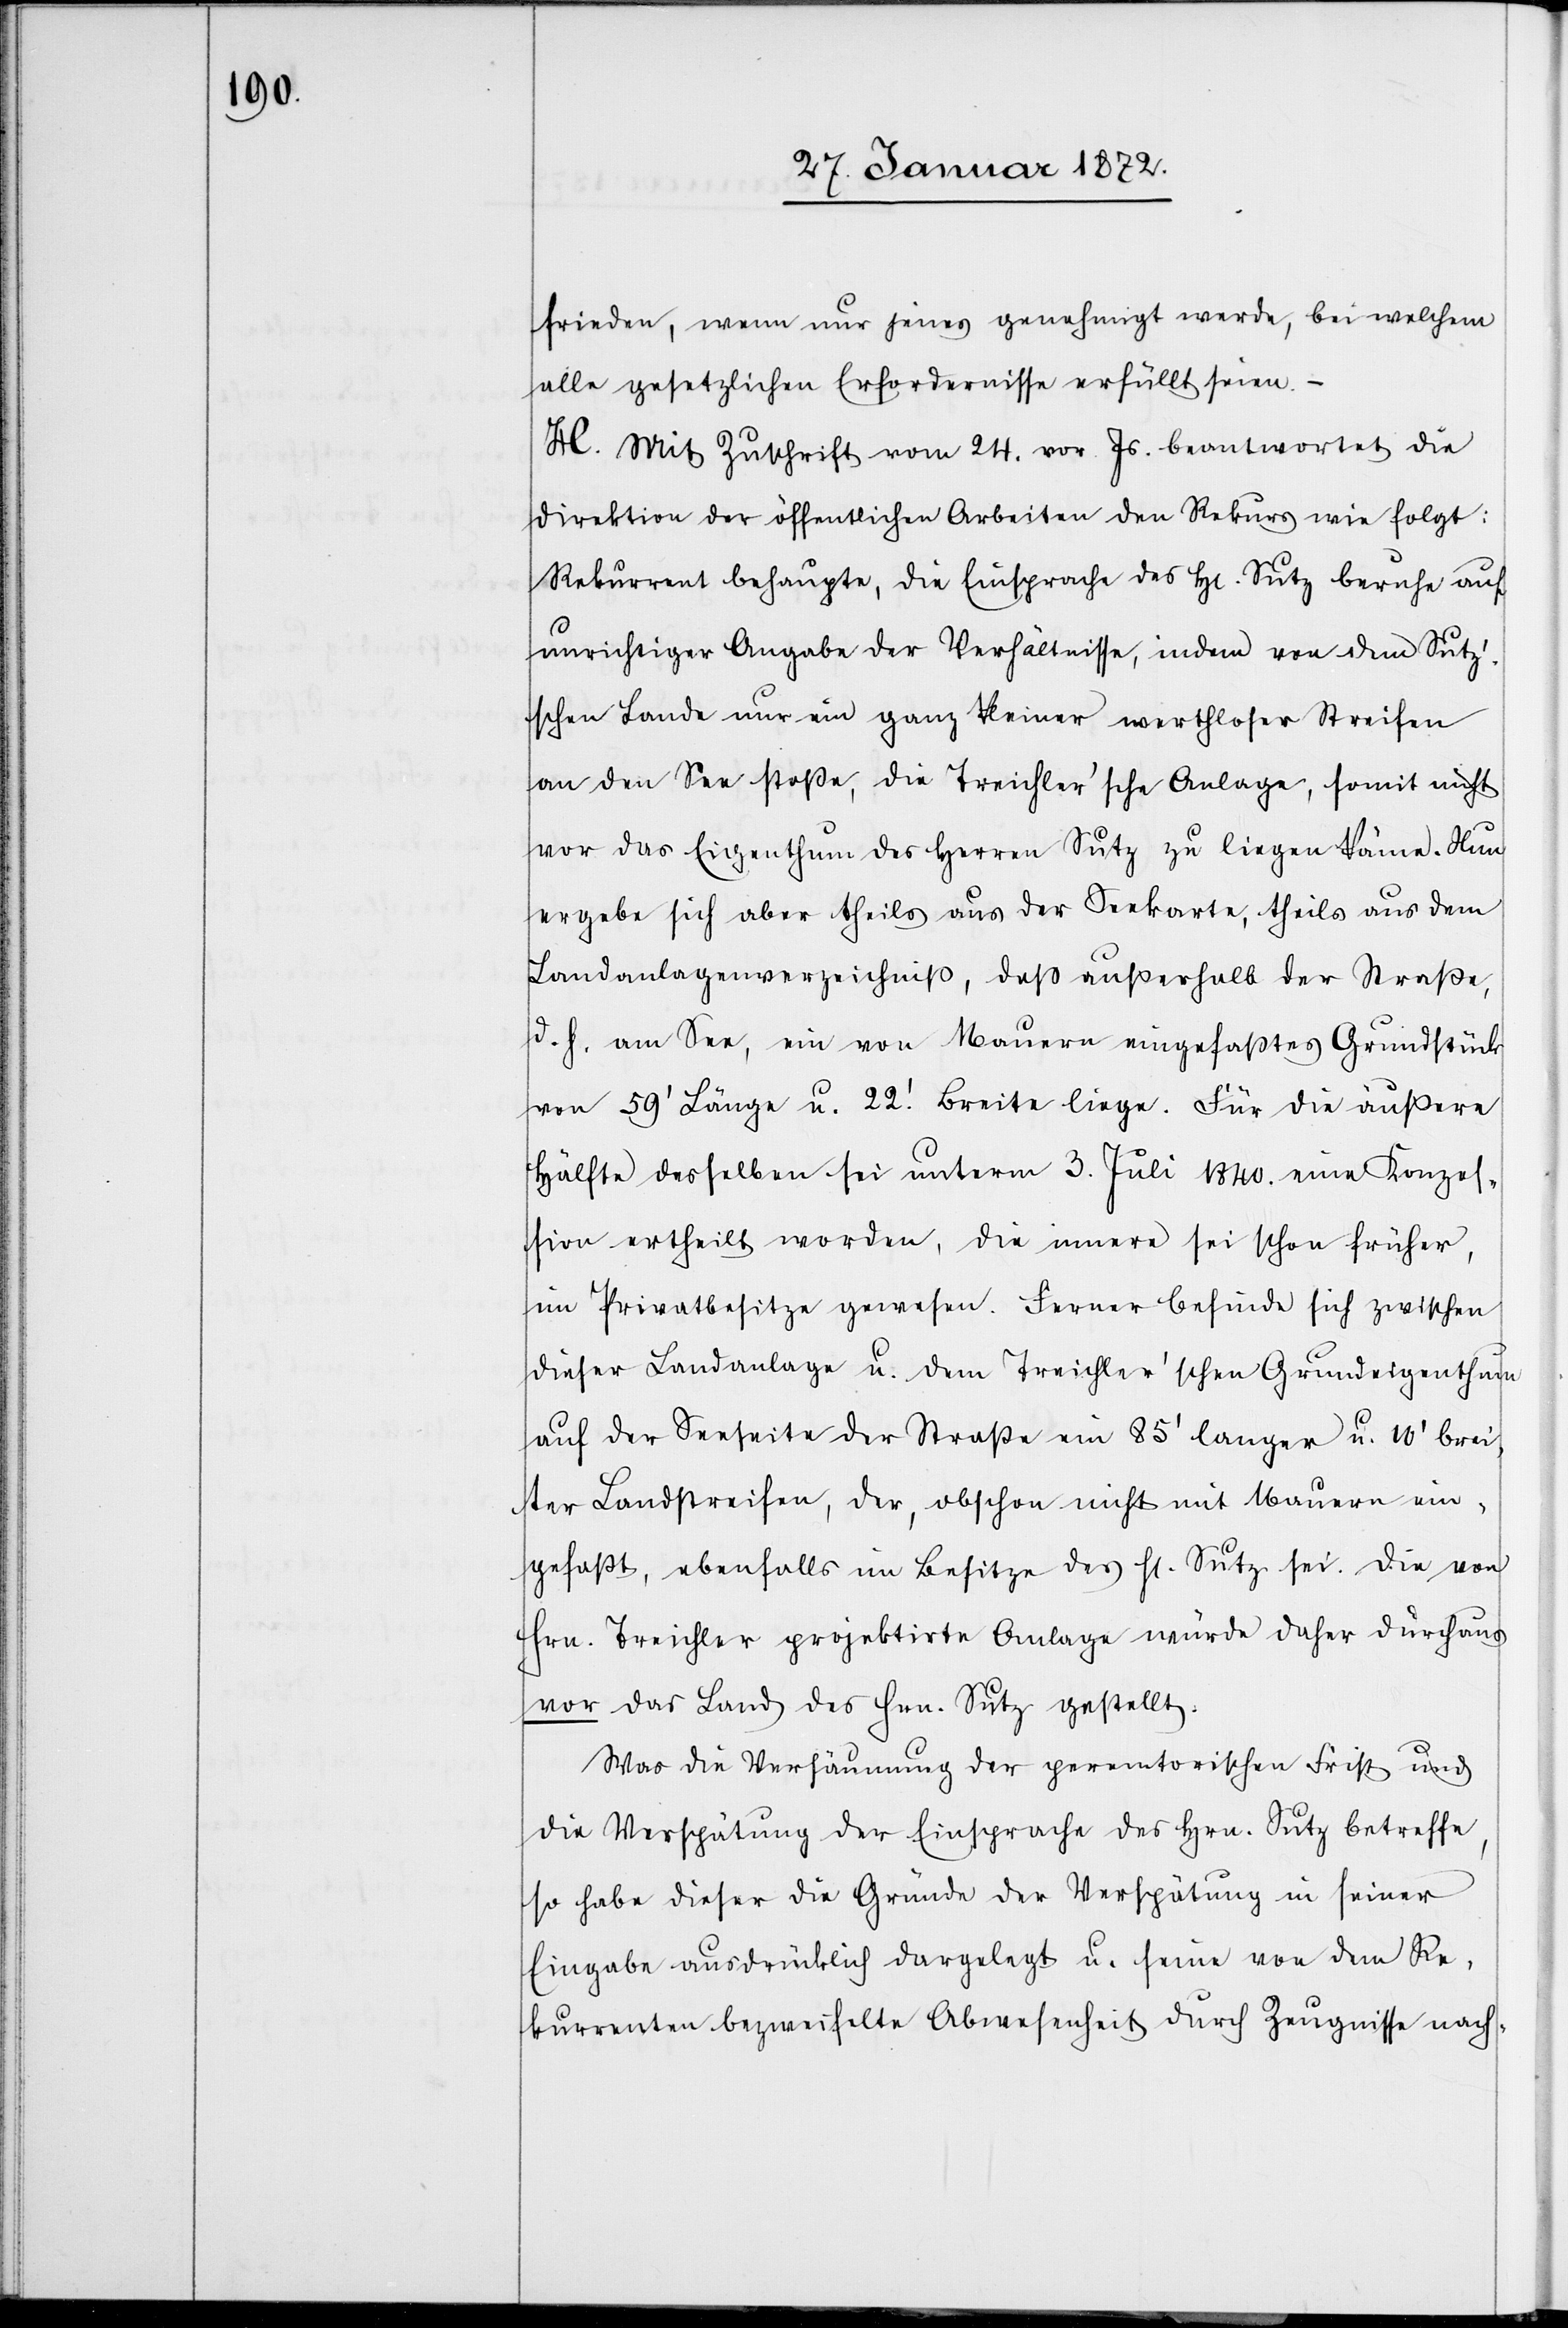
frieden, wenn nur jenes genehmigt werde, bei welchem
alle gesetzlichen Erfordernisse erfüllt seien.–
H. Mit Zuschrift vom 24. vor. Js. beantwortet die
Direktion der öffentlichen Arbeiten den Rekurs wie folgt:
Rekurrent behaupte, die Einsprache des Hr. Sutz berufe auf
unrichtiger Angabe der Verhältnisse, indem von dem Sut¬
z’schen Lande nur ein ganz kleiner werthloser Streifen
an den See stoße, die Treichler’sche Anlage, somit nicht
vor das Eigenthum des Herren Sutz zu liegen käme. Nun
ergebe sich aber theils aus der Seekarte, theils aus dem
Landanlageverzeichniß, daß außerhalb der Straße,
d. h. am See, ein von Mauern eingefaßtes Grundstück
von 59’ Länge u. 22.’ Breite liege. Für die äußere
Hälfte desselben sei unterm 3. Juli 1840. eine Konzes¬
sion ertheilt worden, die innere sei schon früher
im Privatbesitze gewesen. Ferner befinde sich zwischen
dieser Landanlage u. dem Treichler’schen Grundeigenthum
auf der Seeseite der Straße ein 85’ langer u. 10’ brei¬
ter Landstreifen, der, obschon nicht mit Mauern ein¬
gefaßt, ebenfalls im Besitze des Hr. Sutz sei. Die von
Hrn. Treichler projektirte Anlage würde daher durchaus
vor das Land des Hrn. Sutz gestellt.
Was die Versäumung der peremtorischen Frist und
die Verspätung der Einsprache des Hrn. Sutz betreffe,
so habe dieser die Gründe der Verspätung in seiner
Eingabe ausdrücklich dargelegt u. seine von dem Re¬
kurrenten bezweifelte Abwesenheit durch Zeugnisse nach-